Annual report of the Punjab Veterinary College and of the Civil Veterinary Department, Punjab - 1909-1919
Year: 1909
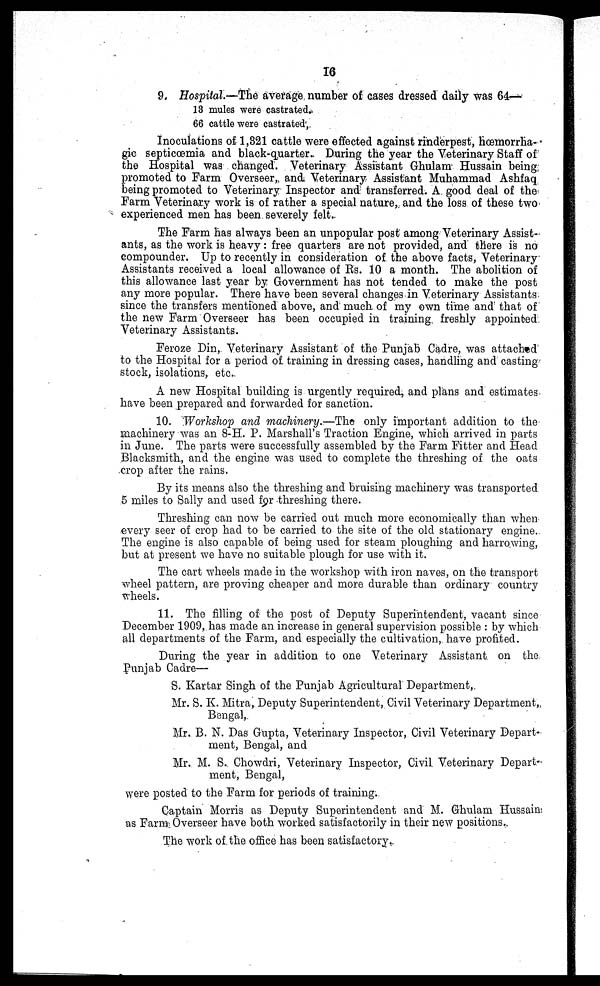
16
9. Hospital.—The average number of cases dressed daily was 64—
13 mules were castrated.
66 cattle were castrated,
Inoculations of 1,321 cattle were effected against rinderpest, hœmorrha-
gic septicœmia and black-quarter. During the year the Veterinary Staff of
the Hospital was changed. Veterinary Assistant Ghulam Hussain being
promoted to Farm Overseer, and Veterinary Assistant Muhammad Ashfaq
being promoted to Veterinary Inspector and transferred. A good deal of the
Farm Veterinary work is of rather a special nature, and the loss of these two
experienced men has been severely felt.
The Farm has always been an unpopular post among Veterinary Assist-
ants, as the work is heavy: free quarters are not provided, and there is no
compounder. Up to recently in consideration of. the above facts, Veterinary
Assistants received a local allowance of Rs. 10 a month. The abolition of
this allowance last year by Government has not tended to make the post
any more popular. There have been several changes in Veterinary Assistants
since the transfers mentioned above, and much of my own time and that of
the new Farm Overseer has been occupied in training freshly appointed
Veterinary Assistants.
Feroze Din, Veterinary Assistant of the Punjab Cadre, was attached
to the Hospital for a period of training in dressing cases, handling and casting
stock, isolations, etc.
A new Hospital building is urgently required, and plans and estimates
have been prepared and forwarded for sanction.
10. Workshop and machinery.—The only important addition to the
machinery was an 8-H. P. Marshall's Traction Engine, which arrived in parts
in June. The parts were successfully assembled by the Farm Fitter and Head
Blacksmith, and the engine was used to complete the threshing of the oats
crop after the rains.
By its means also the threshing and bruising machinery was transported
5 miles to Sally and used for threshing there.
Threshing can now be carried out much more economically than when
every seer of crop had to be carried to the site of the old stationary engine.
The engine is also capable of being used for steam ploughing and harrowing,
but at present we have no suitable plough for use with it.
The cart wheels made in the workshop with iron naves, on the transport
wheel pattern, are proving cheaper and more durable than ordinary country
wheels.
11. The filling of the post of Deputy Superintendent, vacant since
December 1909, has made an increase in general supervision possible: by which
all departments of the Farm, and especially the cultivation, have profited.
During the year in addition to one Veterinary Assistant on the
Punjab Cadre—
S. Kartar Singh of the Punjab Agricultural Department,
Mr. S. K. Mitra, Deputy Superintendent, Civil Veterinary Department,
Bengal,
Mr. B. N. Das Gupta, Veterinary Inspector, Civil Veterinary Depart-
ment, Bengal, and
Mr. M. S. Chowdri, Veterinary Inspector, Civil. Veterinary Depart-
ment, Bengal,
were posted to the Farm for periods of training.
Captain Morris as Deputy Superintendent and M. Ghulam Hussain
as Farm Overseer have both worked satisfactorily in their new positions.
The work of the office has been satisfactory.